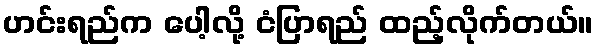
ဟင်းရည်က ပေါ့လို့ ငံပြာရည် ထည့်လိုက်တယ်။